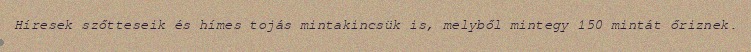
Híresek szőtteseik és hímes tojás mintakincsük is, melyből mintegy 150 mintát őriznek.